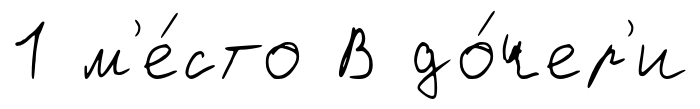
1 м'е́сто В до́чер'и